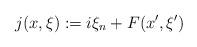
LaTeX: \begin{align*}j(x,\xi) := i\xi_n + F(x',\xi') \end{align*}